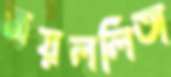
জয়ললিতা